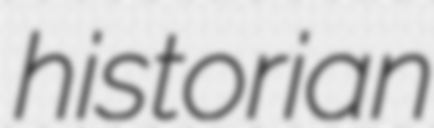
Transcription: historian